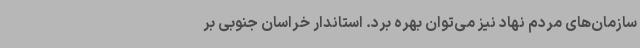
سازمان‌های مردم نهاد نیز می‌توان بهره برد. استاندار خراسان جنوبی بر